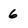
Character: 6